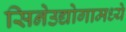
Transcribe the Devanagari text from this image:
सिनेउद्योगामध्ये